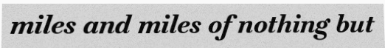
miles and miles of nothing but